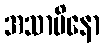
အသာမိနော